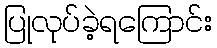
ပြုလုပ်ခဲ့ရကြောင်း